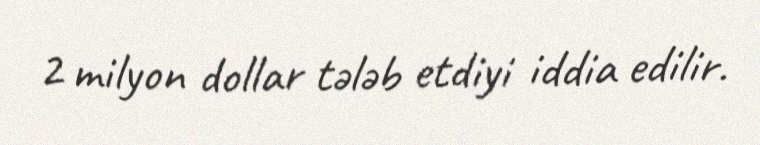
2 milyon dollar tələb etdiyi iddia edilir.